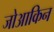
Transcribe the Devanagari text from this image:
जोआकिन